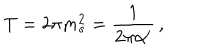
LaTeX: T = 2 \pi m _ { s } ^ { 2 } = \frac { 1 } { 2 \pi \alpha ^ { \prime } } \, ,